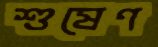
শুষেণ